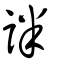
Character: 詊